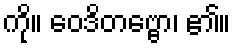
ကို။ ဝေဒိတဗ္ဗော၊ ၏။